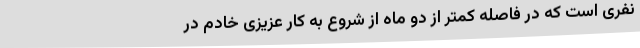
نفری است که در فاصله کمتر از دو ماه از شروع به کار عزیزی خادم در